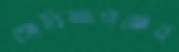
গোবিন্দগঞ্জের